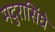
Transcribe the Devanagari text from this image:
मदुरासिंघे